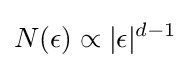
N(\epsilon )\propto |\epsilon |^{d-1}